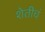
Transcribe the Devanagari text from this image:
शेतीचं